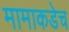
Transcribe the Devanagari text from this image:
मामाकडेच